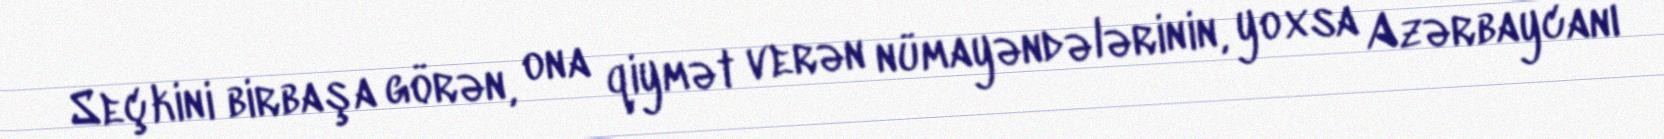
Seçkini birbaşa görən, ona qiymət verən nümayəndələrinin, yoxsa Azərbaycanı